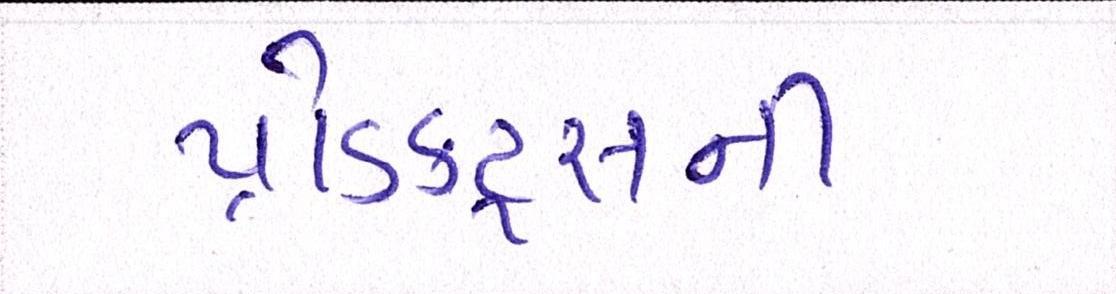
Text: પ્રોડક્ટ્સની